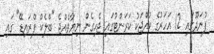
ފުނަދޫގައި 12 އަހަރުގެ ކުއްޖަކު ކަރަންޓުގައި ޖެހިގެން ނިޔާވެއްޖެ "ބްލެކް ފްރައިޑޭ" ގައި